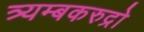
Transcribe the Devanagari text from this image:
त्र्यम्बकरुद्रो